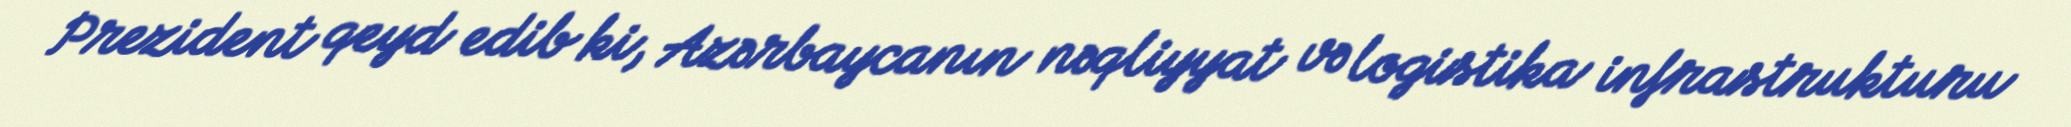
Prezident qeyd edib ki, Azərbaycanın nəqliyyat və logistika infrastrukturu